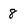
Character: 8